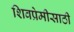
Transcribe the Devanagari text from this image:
शिवप्रेमीसाठी